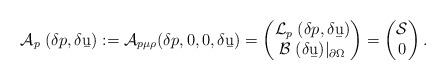
LaTeX: \begin{align*}\mathcal A_p \;(\delta p,\delta\b u):= \mathcal A_{p\mu\rho}(\delta p,0,0,\delta \b u)=\begin{pmatrix}\mathcal L_p \;(\delta p,\delta\b u) \\ \mathcal B \;(\delta\b u)|_{\partial\Omega}\end{pmatrix}=\begin{pmatrix}\mathcal S\\ 0\end{pmatrix}.\end{align*}